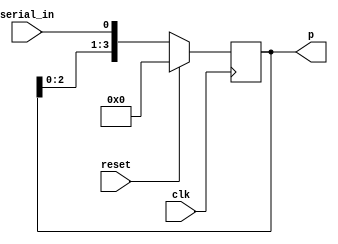

module shift_register(
input clk,
input reset,
input serial_in,
output reg[3:0] p);

always @(posedge clk)
begin
  
  if(reset)
    p <= 4'b0000;
    
  else
    p <= {p[2],p[1],p[0],serial_in};
end
endmodule  



module sequence_det(input clk,
input reset,
input new_bit,
output reg ok,                      // sequence detector here can control ok signal so it is reg
output wire [3:0] n);               // Here seq-det can't control the n as it is controlled by shift_reg so it is wire

 shift_register sr(clk , reset , new_bit , n );  // here the clk is the same clk of the seq det ans rst is the same and connect the new bit to serial in also the out p to n 
 
 parameter A = 0;
 parameter B = 1;

 parameter C = 2;
 parameter D = 3;
 
 reg [1:0] currentState;
 reg [1:0] nextState;
 
 always @(posedge clk)
 begin
   if(!reset)
     currentState <= nextState;
   else
     currentState <= A;
 end
 
 always @(new_bit , currentState)
 begin 
     
     case(currentState)
       A : 
                  case(new_bit)
                    0: begin
                          nextState <= A;
                          ok <= 1'b0;
                        end
                    1:
                    begin   
                          nextState <= B;
                           ok <= 1'b0;
                         end
                 endcase
       
       
       B : 
                  case(new_bit)
                    0:    
                      begin
                          nextState <= C;
                          ok <= 1'b0;
                      end
                        
                    1:   
                         begin  
                          nextState <= B;
                           ok <= 1'b0;
                         end
                  endcase  
                           
       C : 
       begin
                  case(new_bit)
                    0: 
                     begin
                          nextState <= A;
                          ok <= 1'b0;
                      end  
                    1:   
                      begin
                          nextState <= D;
                           ok <= 1'b0;
                       end  
                 endcase             
               
                end
 
      D :     begin
                  case(new_bit)
                    0:    
                    begin
                          nextState <= C;
                          ok <= 1'b0;
                     end
                        
                    1:   begin
                          nextState <= B;
                           ok <= 1'b1;
                         end
                  endcase   
       end            
      endcase                
       
     end
   endmodule
   
   
   module checker(input wire [3:0] n1,
    input wire [3:0] n2, 
    input wire ok1,
    input wire ok2,
    output [1:0] mode,
    output [3:0] result);
    
    assign mode = (ok1 & ok2) ? 2'b10 : (ok1| ok2) ? 2'b01 : 2'b00;
    assign result = n1 ^ n2;
    
  endmodule
  
  
  module top_module( input clk , input reset , input seq1 , input seq2 ,output [1:0] mode , output [3:0] finalResult);
    
    wire ok1;
    wire ok2;
    
    wire [3:0] n1;
    wire [3:0] n2;
    
    
   sequence_det s1(clk, reset, seq1,ok1,n1);
   sequence_det s2(clk, reset, seq2,ok2,n2);
   checker  ch (n1,n2,ok1,ok2,mode,finalResult);
      
    endmodule
    
    
    
    module tb();
      
      reg clk = 0;
      reg reset;                            //floating high impedence Z
      
      reg  [31:0] seq1 =  32'b1000_1011_1111_1000_1011_1101_1011_0001;
      reg  [31:0] seq2 =  32'b1011_1011_1111_1000_1010_1110_1011_0001;
      wire [1:0] mode;
      wire [3:0] result;
  
      
      always
      #5 clk <= ~clk;
      initial
      begin
      $monitor("%d %d",mode,result);
      reset  = 1 ;           // hna ana 3awz reset b 1 for 15 ms then de active it 
      #15
      reset = 0;
       end
       
       
       always @(posedge clk)
       begin
       if(!reset)
       begin
         seq1 <= seq1 << 1;
         seq2 <= seq2 << 1;
       end
       end
        
        top_module tb(  clk ,  reset ,  seq1[31] , seq2[31] , mode , result);
       
  endmodule